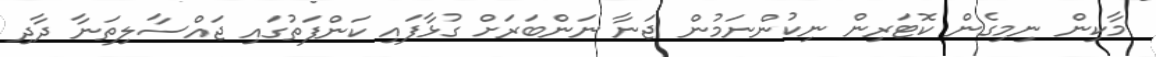
މާކިން ނިމިގެން ކޮޓަރިން ނިކުންނަމުން ޖަނާ ނަންބަރަށް ގުޅާފައި ކަންފަތުގައި ޖައްސާލިތަނާ ދާދި